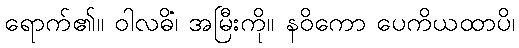
ရောက်၏။ ဝါလဓိံ၊ အမြီးကို။ နဝိကော ပေကိယထာပိ၊